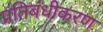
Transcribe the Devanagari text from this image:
प्रतिबंधीकरण